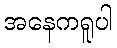
အနေကရူပါ